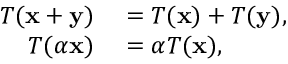
\begin{array} { r l } { T ( \mathbf { x } + \mathbf { y } ) } & { { } = T ( \mathbf { x } ) + T ( \mathbf { y } ) , } \\ { T ( \alpha \mathbf { x } ) } & { { } = \alpha T ( \mathbf { x } ) , } \end{array}